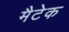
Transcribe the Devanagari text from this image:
मैटेक